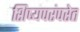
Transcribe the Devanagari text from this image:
शिष्यपरंपरेत